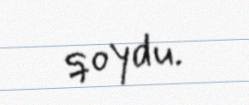
qoydu.